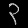
Digit: ၃